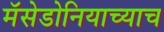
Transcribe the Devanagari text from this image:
मॅसेडोनियाच्याच